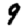
Digit: 9